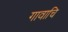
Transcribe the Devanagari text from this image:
गावाचि